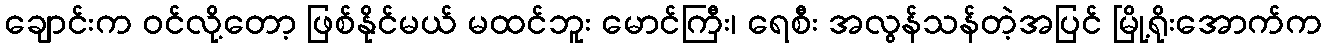
ချောင်းက ဝင်လို့တော့ ဖြစ်နိုင်မယ် မထင်ဘူး မောင်ကြီး၊ ရေစီး အလွန်သန်တဲ့အပြင် မြို့ရိုးအောက်က